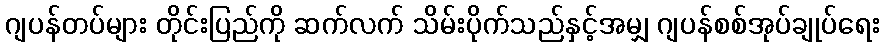
ဂျပန်တပ်များ တိုင်းပြည်ကို ဆက်လက် သိမ်းပိုက်သည်နှင့်အမျှ ဂျပန်စစ်အုပ်ချုပ်ရေး